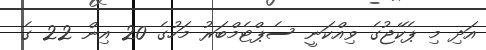
އަދި މި ޕެކޭޖުގެ ވިއްކަނީ ސެޕްޓެމްބަރު މަހުގެ 20 އިން 22 ގެ